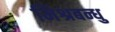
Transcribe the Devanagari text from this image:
मिश्रबन्धु